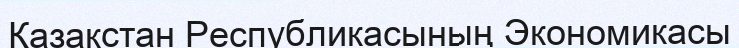
Қазақстан Республикасының Экономикасы